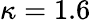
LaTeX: \kappa=1.6